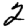
Digit: 2